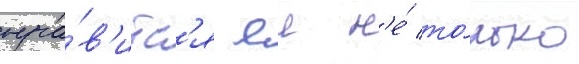
нра́в'итс'я еи н'е́ то́лько